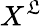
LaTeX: X^{\mathfrak{L}}